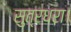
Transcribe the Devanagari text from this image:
सुत्रधरा।